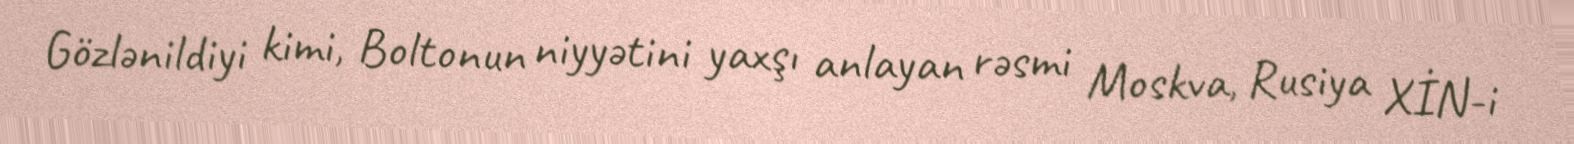
Gözlənildiyi kimi, Boltonun niyyətini yaxşı anlayan rəsmi Moskva, Rusiya XİN-i